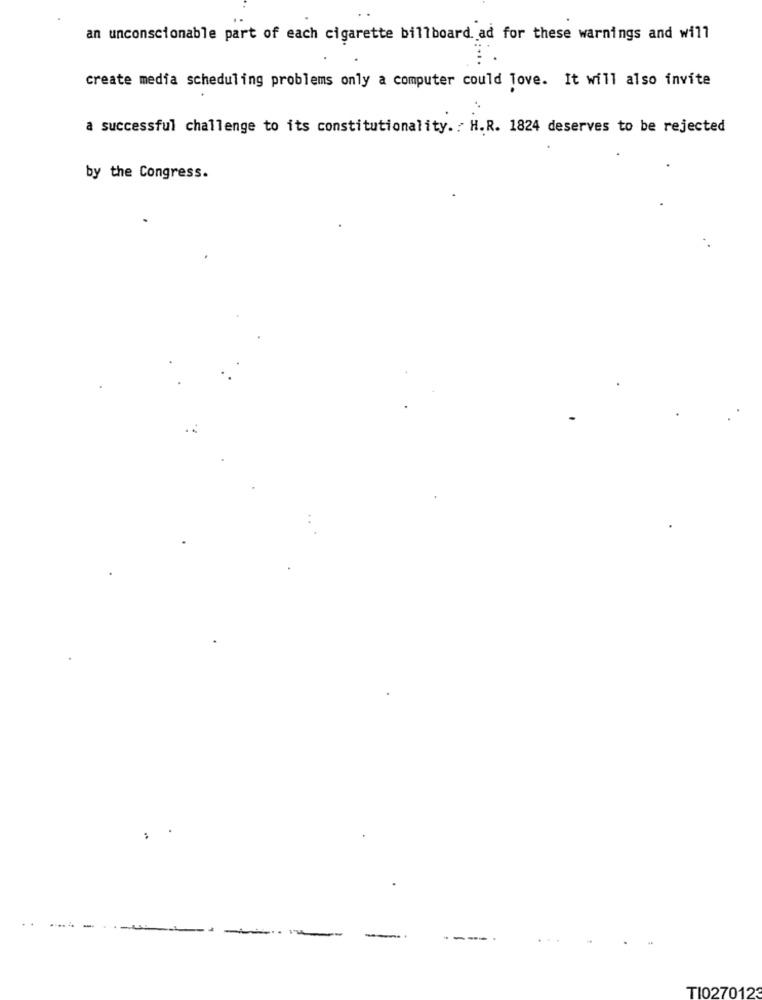
an unconscionable part of each cigarette billboard ad for these warnings and will
create media scheduling problems only a computer could Tove. It will also invite
a successful challenge to its constitutionality. H.R. 1824 deserves to be rejected
by the Congress.
--
TI027012